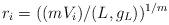
LaTeX: \begin{align*}r_i = ( (m V_i)/ (L, g_L) )^{1/m}\end{align*}